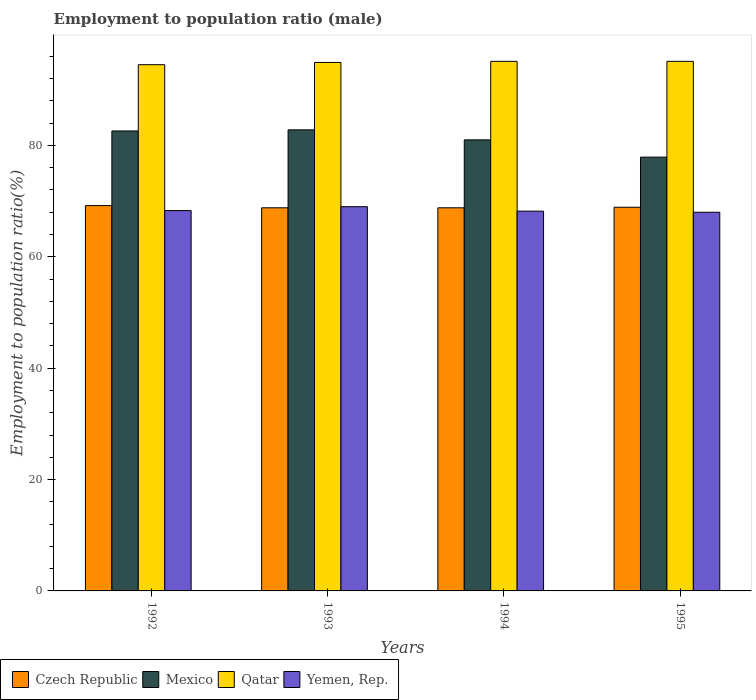
| Years | Czech Republic | Mexico | Qatar | Yemen, Rep. |
 | --- | --- | --- | --- | --- |
 | 1992 | 69.2 | 82.6 | 94.5 | 68.3 |
 | 1993 | 68.8 | 82.8 | 94.9 | 69 |
 | 1994 | 68.8 | 81 | 95.1 | 68.2 |
 | 1995 | 68.9 | 77.9 | 95.1 | 68 |